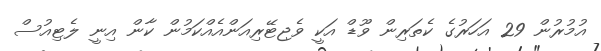
އުމުރުން 29 އަހަރުގެ ކެތަރިން ވޫޑް އަކީ ވެޖިޓޭރިއަންއެއްކަމުން ކާން އިނީ ލެޓިއުސް